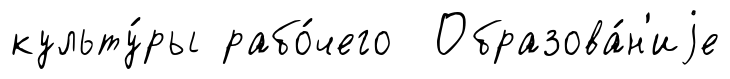
культу́ры рабо́чего Образова́н'иjе